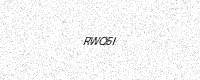
Text: RWQ5I